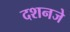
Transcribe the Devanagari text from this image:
दशनजे